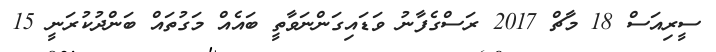
ސީރިއަސް 18 މާޗް 2017 ރަސްގެފާނު ވަޑައިގަންނަވާތީ ބައެއް މަގުތައް ބަންދުކުރަނީ 15